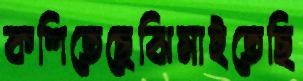
কশিতেছেঝিমাইতেছি